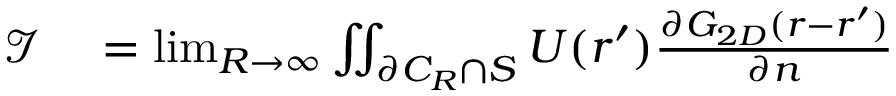
\begin{array} { r l } { \mathcal { I } } & { { } = \operatorname* { l i m } _ { R \to \infty } \iint _ { \partial C _ { R } \cap S } U ( \boldsymbol { r ^ { \prime } } ) \frac { \partial G _ { 2 D } ( \boldsymbol { r } - \boldsymbol { r ^ { \prime } } ) } { \partial n } } \end{array}